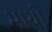
માચી